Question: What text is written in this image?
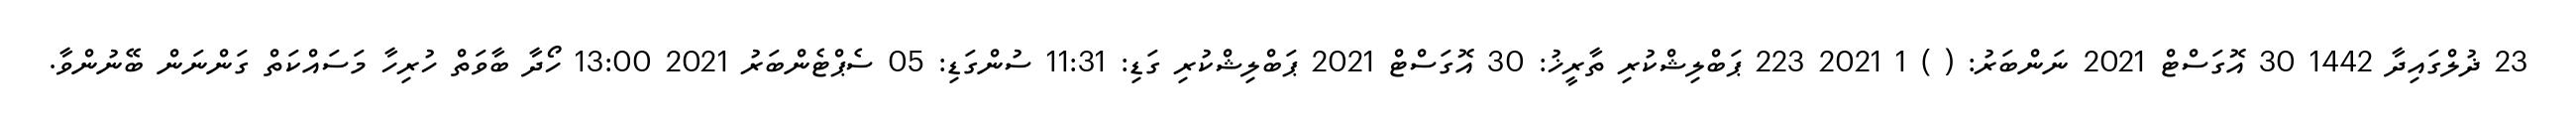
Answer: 23 ޛުލްގައިދާ 1442 30 އޮގަސްޓް 2021 ނަންބަރު: ( ) 1 2021 223 ޕަބްލިޝްކުރި ތާރީޚު: 30 އޮގަސްޓް 2021 ޕަބްލިޝްކުރި ގަޑި: 11:31 ސުންގަޑި: 05 ސެޕްޓެންބަރު 2021 13:00 ހޯދާ ބާވަތް ހުރިހާ މަސައްކަތް ގަންނަން ބޭނުންވާ.